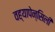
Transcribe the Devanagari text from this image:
वह्यापेन्सिली